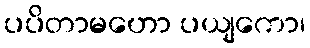
ပပိတာမဟော ပယျကော၊